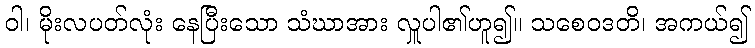
ဝါ၊ မိုးလပတ်လုံး နေပြီးသော သံဃာအား လှူပါ၏ဟူ၍။ သစေဝဒတိ၊ အကယ်၍